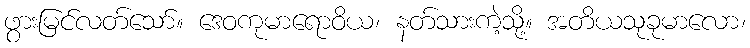
ဖွားမြင်လတ်သော်။ ဒေဝကုမာရောဝိယ၊ နတ်သားကဲ့သို့။ အတိယသုခုမာလော၊